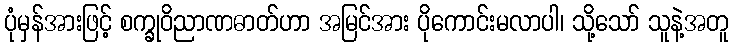
ပုံမှန်အားဖြင့် စက္ခုဝိညာဏဓာတ်ဟာ အမြင်အား ပိုကောင်းမလာပါ၊ သို့သော် သူနဲ့အတူ